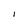
Character: I